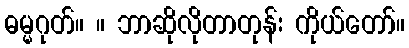
ဓမ္မဂုတ်။ ။ ဘာဆိုလိုတာတုန်း ကိုယ်တော်။